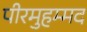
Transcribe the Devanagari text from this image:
पीरमुहम्मद